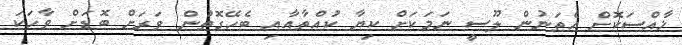
ޚާއްސަކޮށް އެތަނުން ލޫސީ ނަމަކަށް ކިޔާ ކުއްތާއާއި ބެހޭގޮތުން ވަރަށް ބޮޑަށް ވާހަކަ